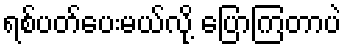
ရစ်ပတ်ပေးမယ်လို့ ပြောကြတာပဲ